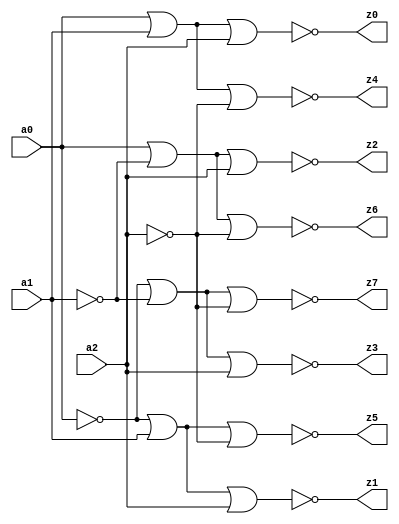
module d38h
(
	output		z0,
	output		z1,
	output		z2,
	output		z3,
	output		z4,
	output		z5,
	output		z6,
	output		z7,

	input		a0,
	input		a1,
	input		a2
);

// from tosh_to_moto.v

wire ab;
wire bb;
wire cb;

wire a, b, c;

assign a = a0;
assign b = a1;
assign c = a2;

assign ab = ~a0;
assign bb = ~a1;
assign cb = ~a2;

assign z7 = ~(ab | bb | cb);
assign z6 = ~(a | bb | cb);
assign z5 = ~(ab | b | cb);
assign z4 = ~(a | b | cb);
assign z3 = ~(ab | bb | c);
assign z2 = ~(a | bb | c);
assign z1 = ~(ab | b | c);
assign z0 = ~(a | b | c);

endmodule